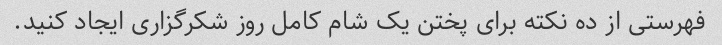
فهرستی از ده نکته برای پختن یک شام کامل روز شکرگزاری ایجاد کنید.